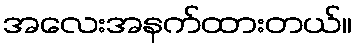
အလေးအနက်ထားတယ်။